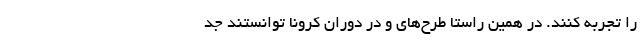
را تجربه کنند. در همین راستا طرح‌های و در دوران کرونا توانستند جد